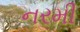
નરમી